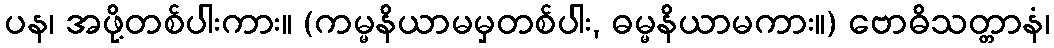
ပန၊ အဖို့တစ်ပါးကား။ (ကမ္မနိယာမမှတစ်ပါး, ဓမ္မနိယာမကား။) ဗောဓိသတ္တာနံ၊